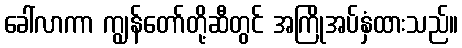
ခေါ်လာကာ ကျွန်တော်တို့ဆီတွင် အကြိုအပ်နှံထားသည်။